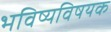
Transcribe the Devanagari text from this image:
भविष्यविषयक